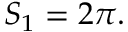
S _ { 1 } = 2 \pi .